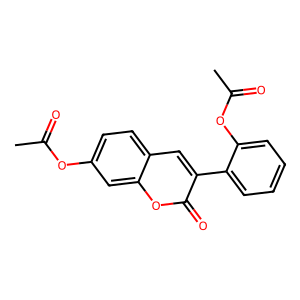
SMILES: CC(=O)Oc1ccc2cc(-c3ccccc3OC(C)=O)c(=O)oc2c1
Inhibits HIV replication: No